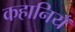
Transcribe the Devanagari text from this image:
कहानियँ